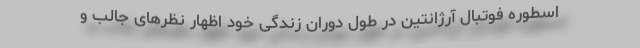
اسطوره فوتبال آرژانتین در طول دوران زندگی خود اظهار نظرهای جالب و